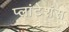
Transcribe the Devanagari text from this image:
प्लांटेशंस